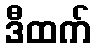
ဒီထက်